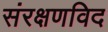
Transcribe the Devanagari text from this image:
संरक्षणविद